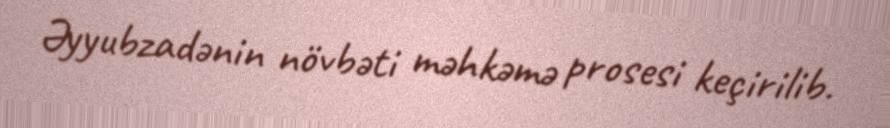
Əyyubzadənin növbəti məhkəmə prosesi keçirilib.